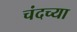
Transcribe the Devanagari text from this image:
चंदच्या